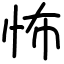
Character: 怖